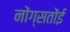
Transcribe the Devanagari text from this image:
नोंग्सतोंई